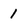
Character: 1